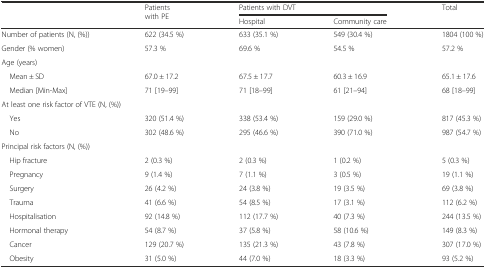
<table><thead><tr><td></td><td rowspan="2"><b>Patients with PE</b></td><td colspan="2"><b>Patients with DVT</b></td><td rowspan="2"><b>Total</b></td></tr><tr><td></td><td><b>Hospital</b></td><td><b>Community care</b></td></tr></thead><tbody><tr><td>Number of patients (N, (%))</td><td>622 (34.5 %)</td><td>633 (35.1 %)</td><td>549 (30.4 %)</td><td>1804 (100 %)</td></tr><tr><td>Gender (% women)</td><td>57.3 %</td><td>69.6 %</td><td>54.5 %</td><td>57.2 %</td></tr><tr><td colspan="5">Age (years)</td></tr><tr><td> Mean ± SD</td><td>67.0 ± 17.2</td><td>67.5 ± 17.7</td><td>60.3 ± 16.9</td><td>65.1 ± 17.6</td></tr><tr><td> Median [Min-Max]</td><td>71 [19–99]</td><td>71 [18–99]</td><td>61 [21–94]</td><td>68 [18–99]</td></tr><tr><td colspan="5">At least one risk factor of VTE (N, (%))</td></tr><tr><td> Yes</td><td>320 (51.4 %)</td><td>338 (53.4 %)</td><td>159 (29.0 %)</td><td>817 (45.3 %)</td></tr><tr><td> No</td><td>302 (48.6 %)</td><td>295 (46.6 %)</td><td>390 (71.0 %)</td><td>987 (54.7 %)</td></tr><tr><td colspan="5">Principal risk factors (N, (%))</td></tr><tr><td> Hip fracture</td><td>2 (0.3 %)</td><td>2 (0.3 %)</td><td>1 (0.2 %)</td><td>5 (0.3 %)</td></tr><tr><td> Pregnancy</td><td>9 (1.4 %)</td><td>7 (1.1 %)</td><td>3 (0.5 %)</td><td>19 (1.1 %)</td></tr><tr><td> Surgery</td><td>26 (4.2 %)</td><td>24 (3.8 %)</td><td>19 (3.5 %)</td><td>69 (3.8 %)</td></tr><tr><td> Trauma</td><td>41 (6.6 %)</td><td>54 (8.5 %)</td><td>17 (3.1 %)</td><td>112 (6.2 %)</td></tr><tr><td> Hospitalisation</td><td>92 (14.8 %)</td><td>112 (17.7 %)</td><td>40 (7.3 %)</td><td>244 (13.5 %)</td></tr><tr><td> Hormonal therapy</td><td>54 (8.7 %)</td><td>37 (5.8 %)</td><td>58 (10.6 %)</td><td>149 (8.3 %)</td></tr><tr><td> Cancer</td><td>129 (20.7 %)</td><td>135 (21.3 %)</td><td>43 (7.8 %)</td><td>307 (17.0 %)</td></tr><tr><td> Obesity</td><td>31 (5.0 %)</td><td>44 (7.0 %)</td><td>18 (3.3 %)</td><td>93 (5.2 %)</td></tr></tbody></table>